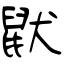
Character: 鼣